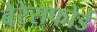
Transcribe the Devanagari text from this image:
बेरेसफोर्ड